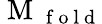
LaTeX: \mathrm{~M~}_{\mathrm{~f~o~l~d~}}